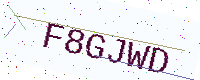
Text: F8GJWD